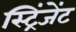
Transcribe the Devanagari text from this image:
स्ट्रिंजेंट